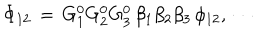
LaTeX: \Phi _ { 1 2 } \, = \, G _ { 1 } ^ { 0 } G _ { 2 } ^ { 0 } G _ { 3 } ^ { 0 } \, \beta _ { 1 } \beta _ { 2 } \beta _ { 3 } \, \phi _ { 1 2 } , \, \cdots